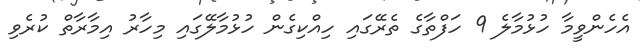
އެހެންވީމާ ހުޅުމާލެ 9 ހަފްތާގެ ތެރޭގައި ހިއްކިގެން ހުޅުމާލޭގައި މިހާރު އިމާރާތް ކުރެވި